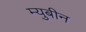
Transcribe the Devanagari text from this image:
म्युबीन